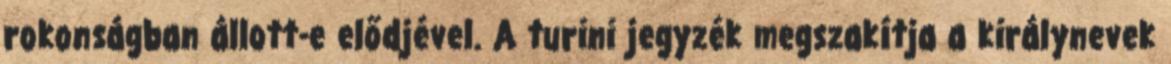
rokonságban állott-e elődjével. A turini jegyzék megszakítja a királynevek